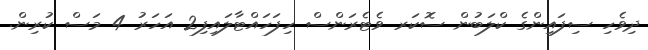
ދިވެހި ސިފައިންގެ ކްލަބުން ސޮކަރ ވެޓެރަންސް ހިފަހައްޓާލައިފި2 އަހަރު 4 މަސް ކުރިން.